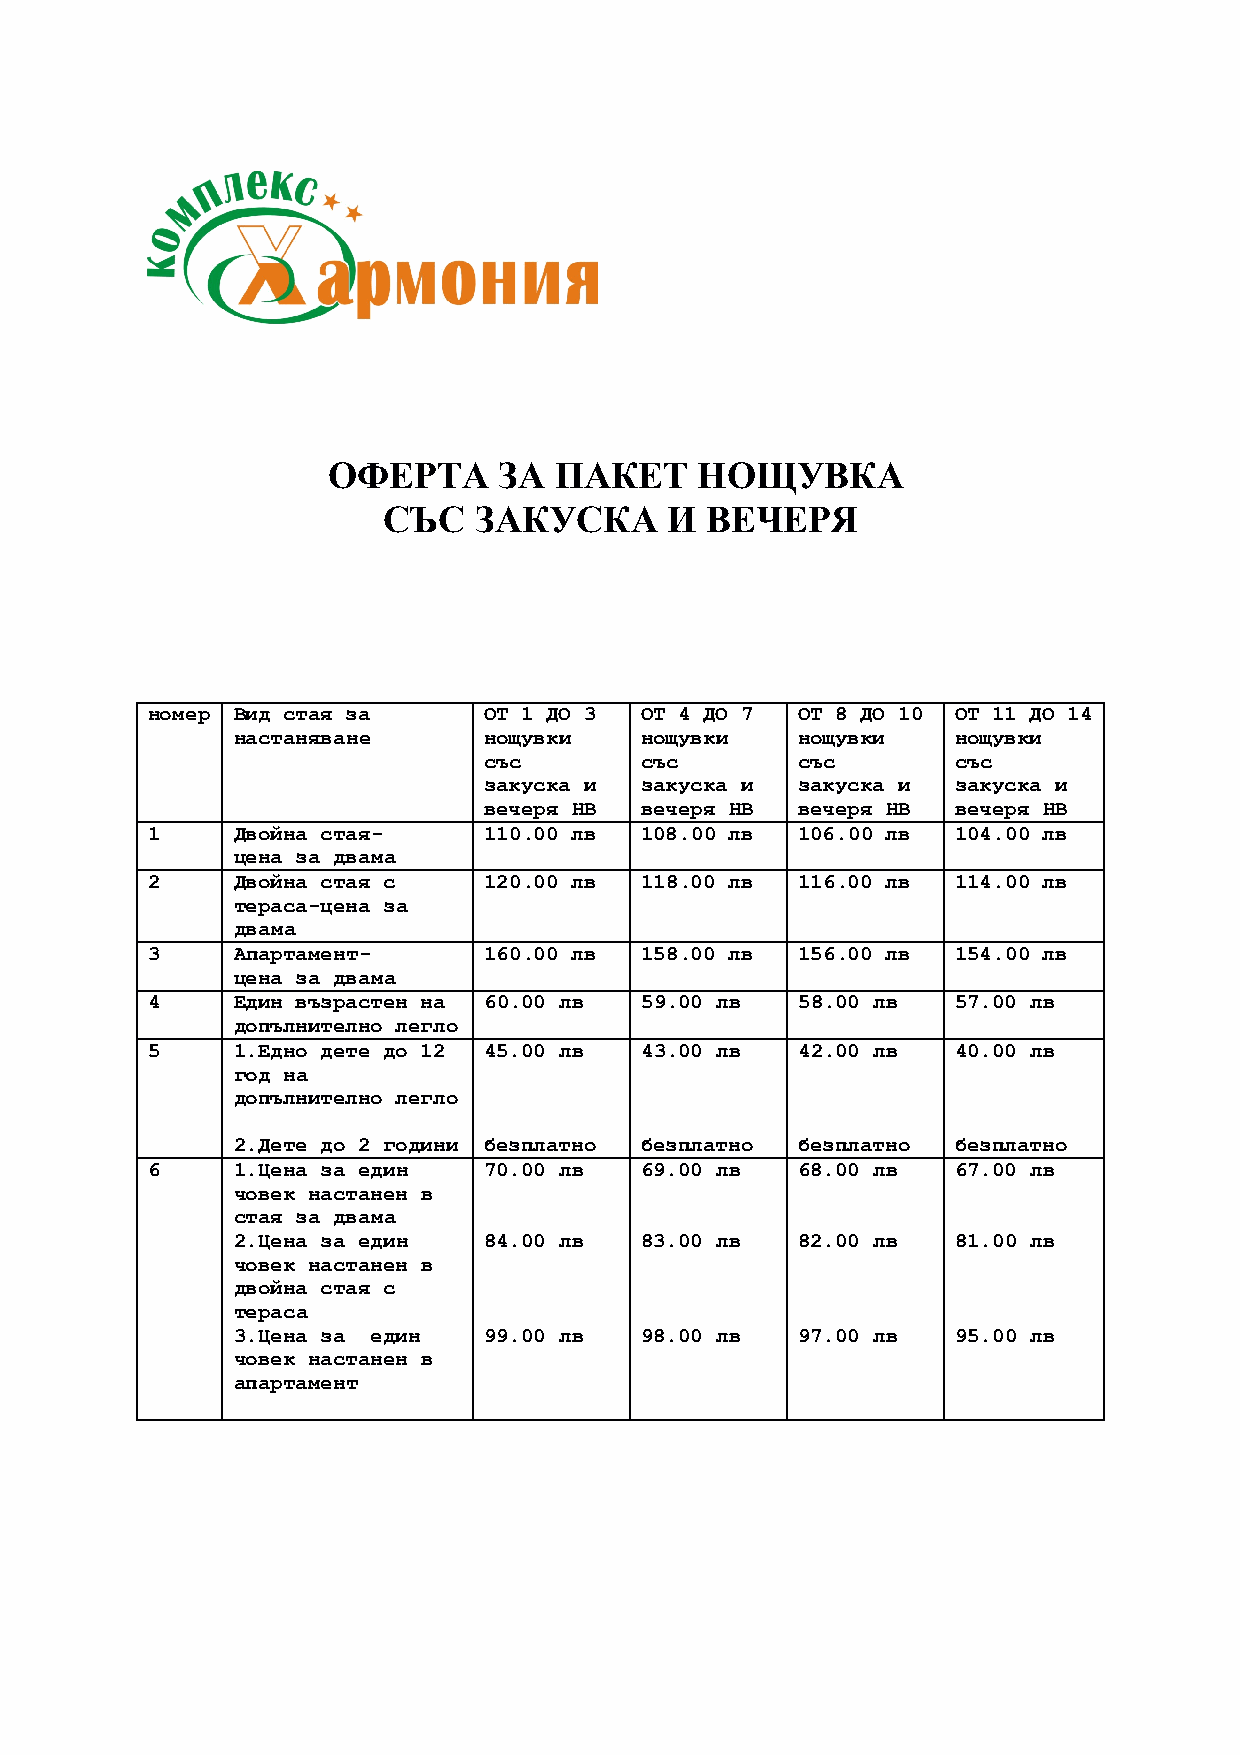
ОФЕРТА     ЗА  ПАКЕТ    НОЩУВКА
 СЪС   ЗАКУСКА      И  ВЕЧЕРЯ
 номер Вид стая за     ОТ 1 ДО 3 ОТ 4 ДО 7  ОТ 8 ДО 10 ОТ 11 ДО 14
 настаняване      нощувки   нощувки    нощувки   нощувки
 със       със        със       със
 закуска и закуска и  закуска и закуска и
 вечеря HB вечеря HB  вечеря HB вечеря HB
 1    Двойна стая-     110.00 лв 108.00 лв  106.00 лв 104.00 лв
 цена за двама
 2    Двойна стая с    120.00 лв 118.00 лв  116.00 лв 114.00 лв
 тераса-цена за
 двама
 3    Aпартамент-      160.00 лв 158.00 лв  156.00 лв 154.00 лв
 цена за двама
 4    Един възрастен на 60.00 лв 59.00 лв   58.00 лв  57.00 лв
 допълнително легло
 5    1.Едно дете до 12 45.00 лв 43.00 лв   42.00 лв  40.00 лв
 год на
 допълнително легло
 2.Дете до 2 години безплатно безплатно безплатно безплатно
 6    1.Цена за един   70.00 лв  69.00 лв   68.00 лв  67.00 лв
 човек настанен в
 стая за двама
 2.Цена за един   84.00 лв  83.00 лв   82.00 лв  81.00 лв
 човек настанен в
 двойна стая с
 тераса
 3.Цена за един   99.00 лв  98.00 лв   97.00 лв  95.00 лв
 човек настанен в
 апартамент